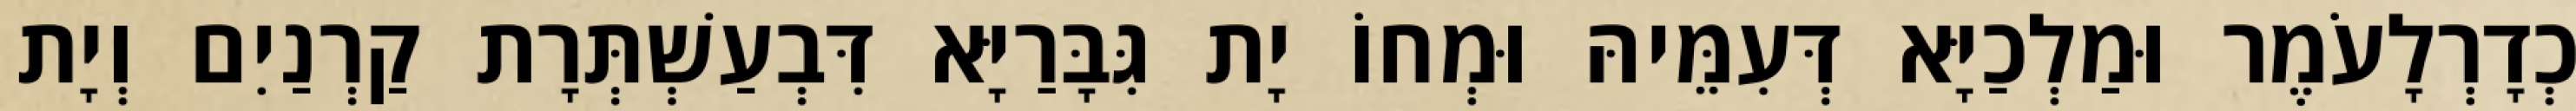
כְדָרְלָעֹמֶר וּמַלְכַיָּא דְּעִמֵּיהּ וּמְחוֹ יָת גִּבָּרַיָּא דִּבְעַשְׁתְּרָת קַרְנַיִם וְיָת